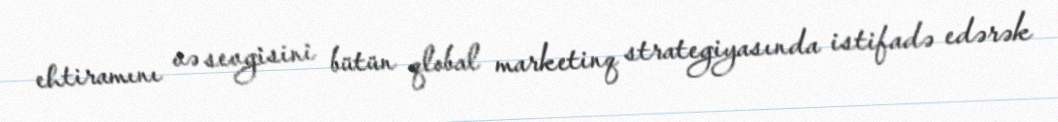
ehtiramını və sevgisini bütün qlobal marketinq strategiyasında istifadə edərək